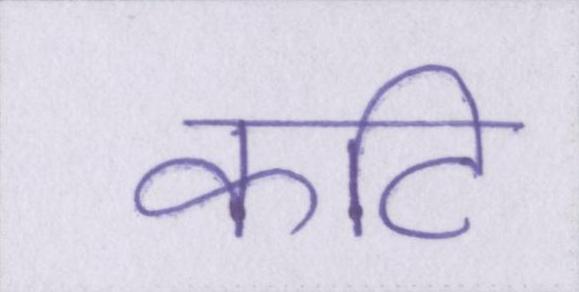
कटि